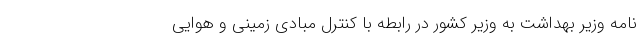
نامه وزیر بهداشت به وزیر کشور در رابطه با کنترل مبادی زمینی و هوایی